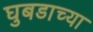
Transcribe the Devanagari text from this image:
घुबडाच्या